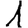
Digit: 1